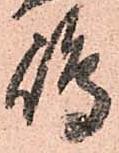
嶋